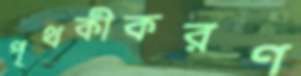
পৃথকীকরণ